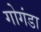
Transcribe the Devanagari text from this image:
गोगंडा